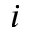
\l _ { i }